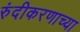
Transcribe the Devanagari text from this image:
रुंदीकरणाच्या